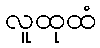
လူထုထံ